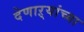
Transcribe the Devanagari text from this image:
देणाऱ्यांच्या